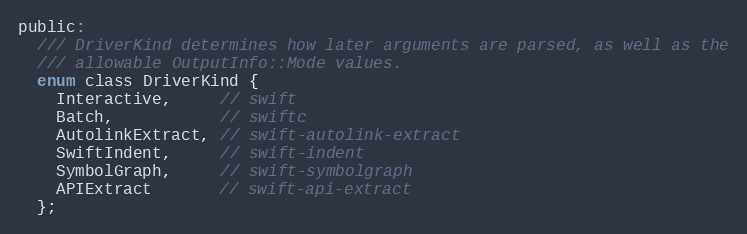
Language: C
public:
  /// DriverKind determines how later arguments are parsed, as well as the
  /// allowable OutputInfo::Mode values.
  enum class DriverKind {
    Interactive,     // swift
    Batch,           // swiftc
    AutolinkExtract, // swift-autolink-extract
    SwiftIndent,     // swift-indent
    SymbolGraph,     // swift-symbolgraph
    APIExtract       // swift-api-extract
  };